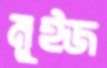
মুইজ